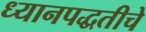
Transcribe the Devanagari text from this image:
ध्यानपद्धतीचे